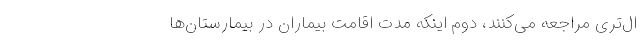
ال‌تری مراجعه می‌کنند، دوم اینکه مدت اقامت بیماران در بیمارستان‌ها